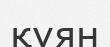
құян